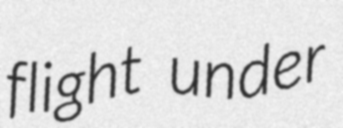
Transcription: flight under